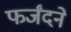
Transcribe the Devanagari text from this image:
फर्जंदने